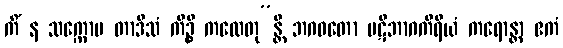
ကိံ န သက္ကောမ တာဒိသံ ကိဉ္စိ ကထေတု”န္တိ ဘဂဝတော ပဋိဘာဂကိရိယံ ကရောန္တာ ဧကံ